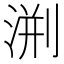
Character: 渆